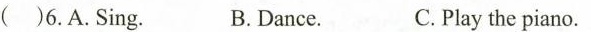
( )6.A.Sing. B. Dance. C.Play the piano.